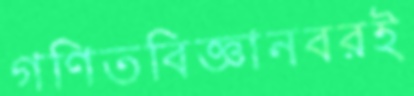
গণিতবিজ্ঞানবরই